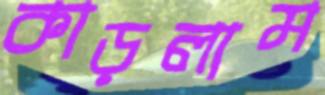
কাড়লাম